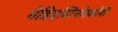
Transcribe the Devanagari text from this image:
मेडिएस्टिनोस्कोपी